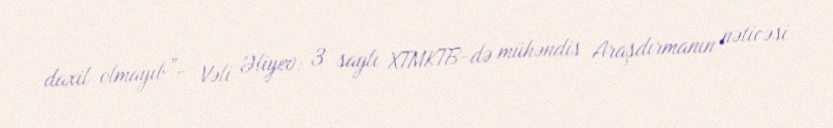
daxil olmayıb”- Vəli Əliyev: 3 saylı XTMKTB-də mühəndis Araşdırmanın nəticəsi